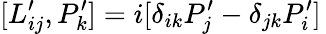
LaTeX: [L_{ij}^{\prime},P_{k}^{\prime}]=i[\delta_{ik}P_{j}^{\prime}-\delta_{jk}P_{i}^{\prime}]\,